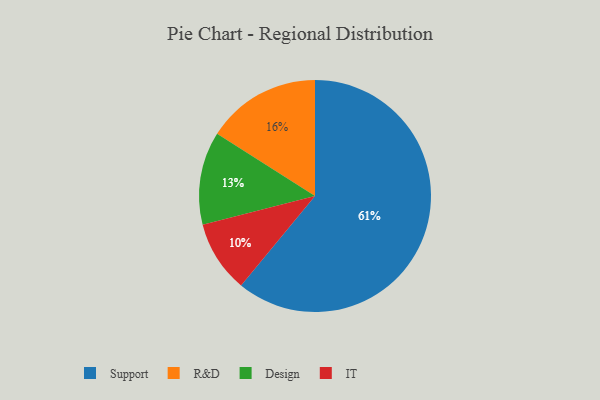
{"axis": {"x": "Category", "y": "Percentage"}, "legend": ["Design", "IT", "R&D", "Support"], "data": [{"x": "IT", "y": 10, "type": "IT"}, {"x": "Support", "y": 61, "type": "Support"}, {"x": "R&D", "y": 16, "type": "R&D"}, {"x": "Design", "y": 13, "type": "Design"}]}